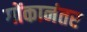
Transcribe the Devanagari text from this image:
गोंकानंतर